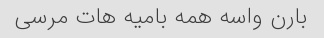
بارن واسه همه بامیه هات مرسی